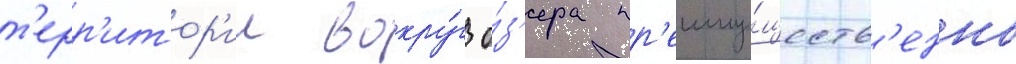
т'ерр'итор'ии вокру́г о́з'ера пр'еиму́ществ'енно